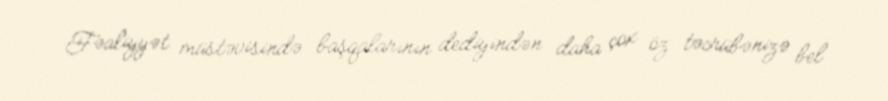
Fəaliyyət müstəvisində başqalarının dediyindən daha çox öz təcrübənizə bel